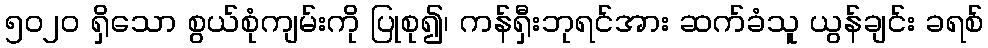
၅၀၂၀ ရှိသော စွယ်စုံကျမ်းကို ပြုစု၍၊ ကန်ရှီးဘုရင်အား ဆက်ခံသူ ယွန်ချင်း ခရစ်